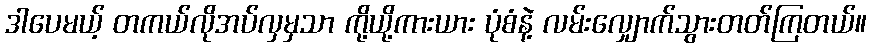
ဒါပေမယ့် တကယ်လိုအပ်လှမှသာ ကို့ယို့ကားယား ပုံစံနဲ့ လမ်းလျှောက်သွားတတ်ကြတယ်။